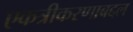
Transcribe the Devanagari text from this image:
एकत्रीकरणाबद्दल